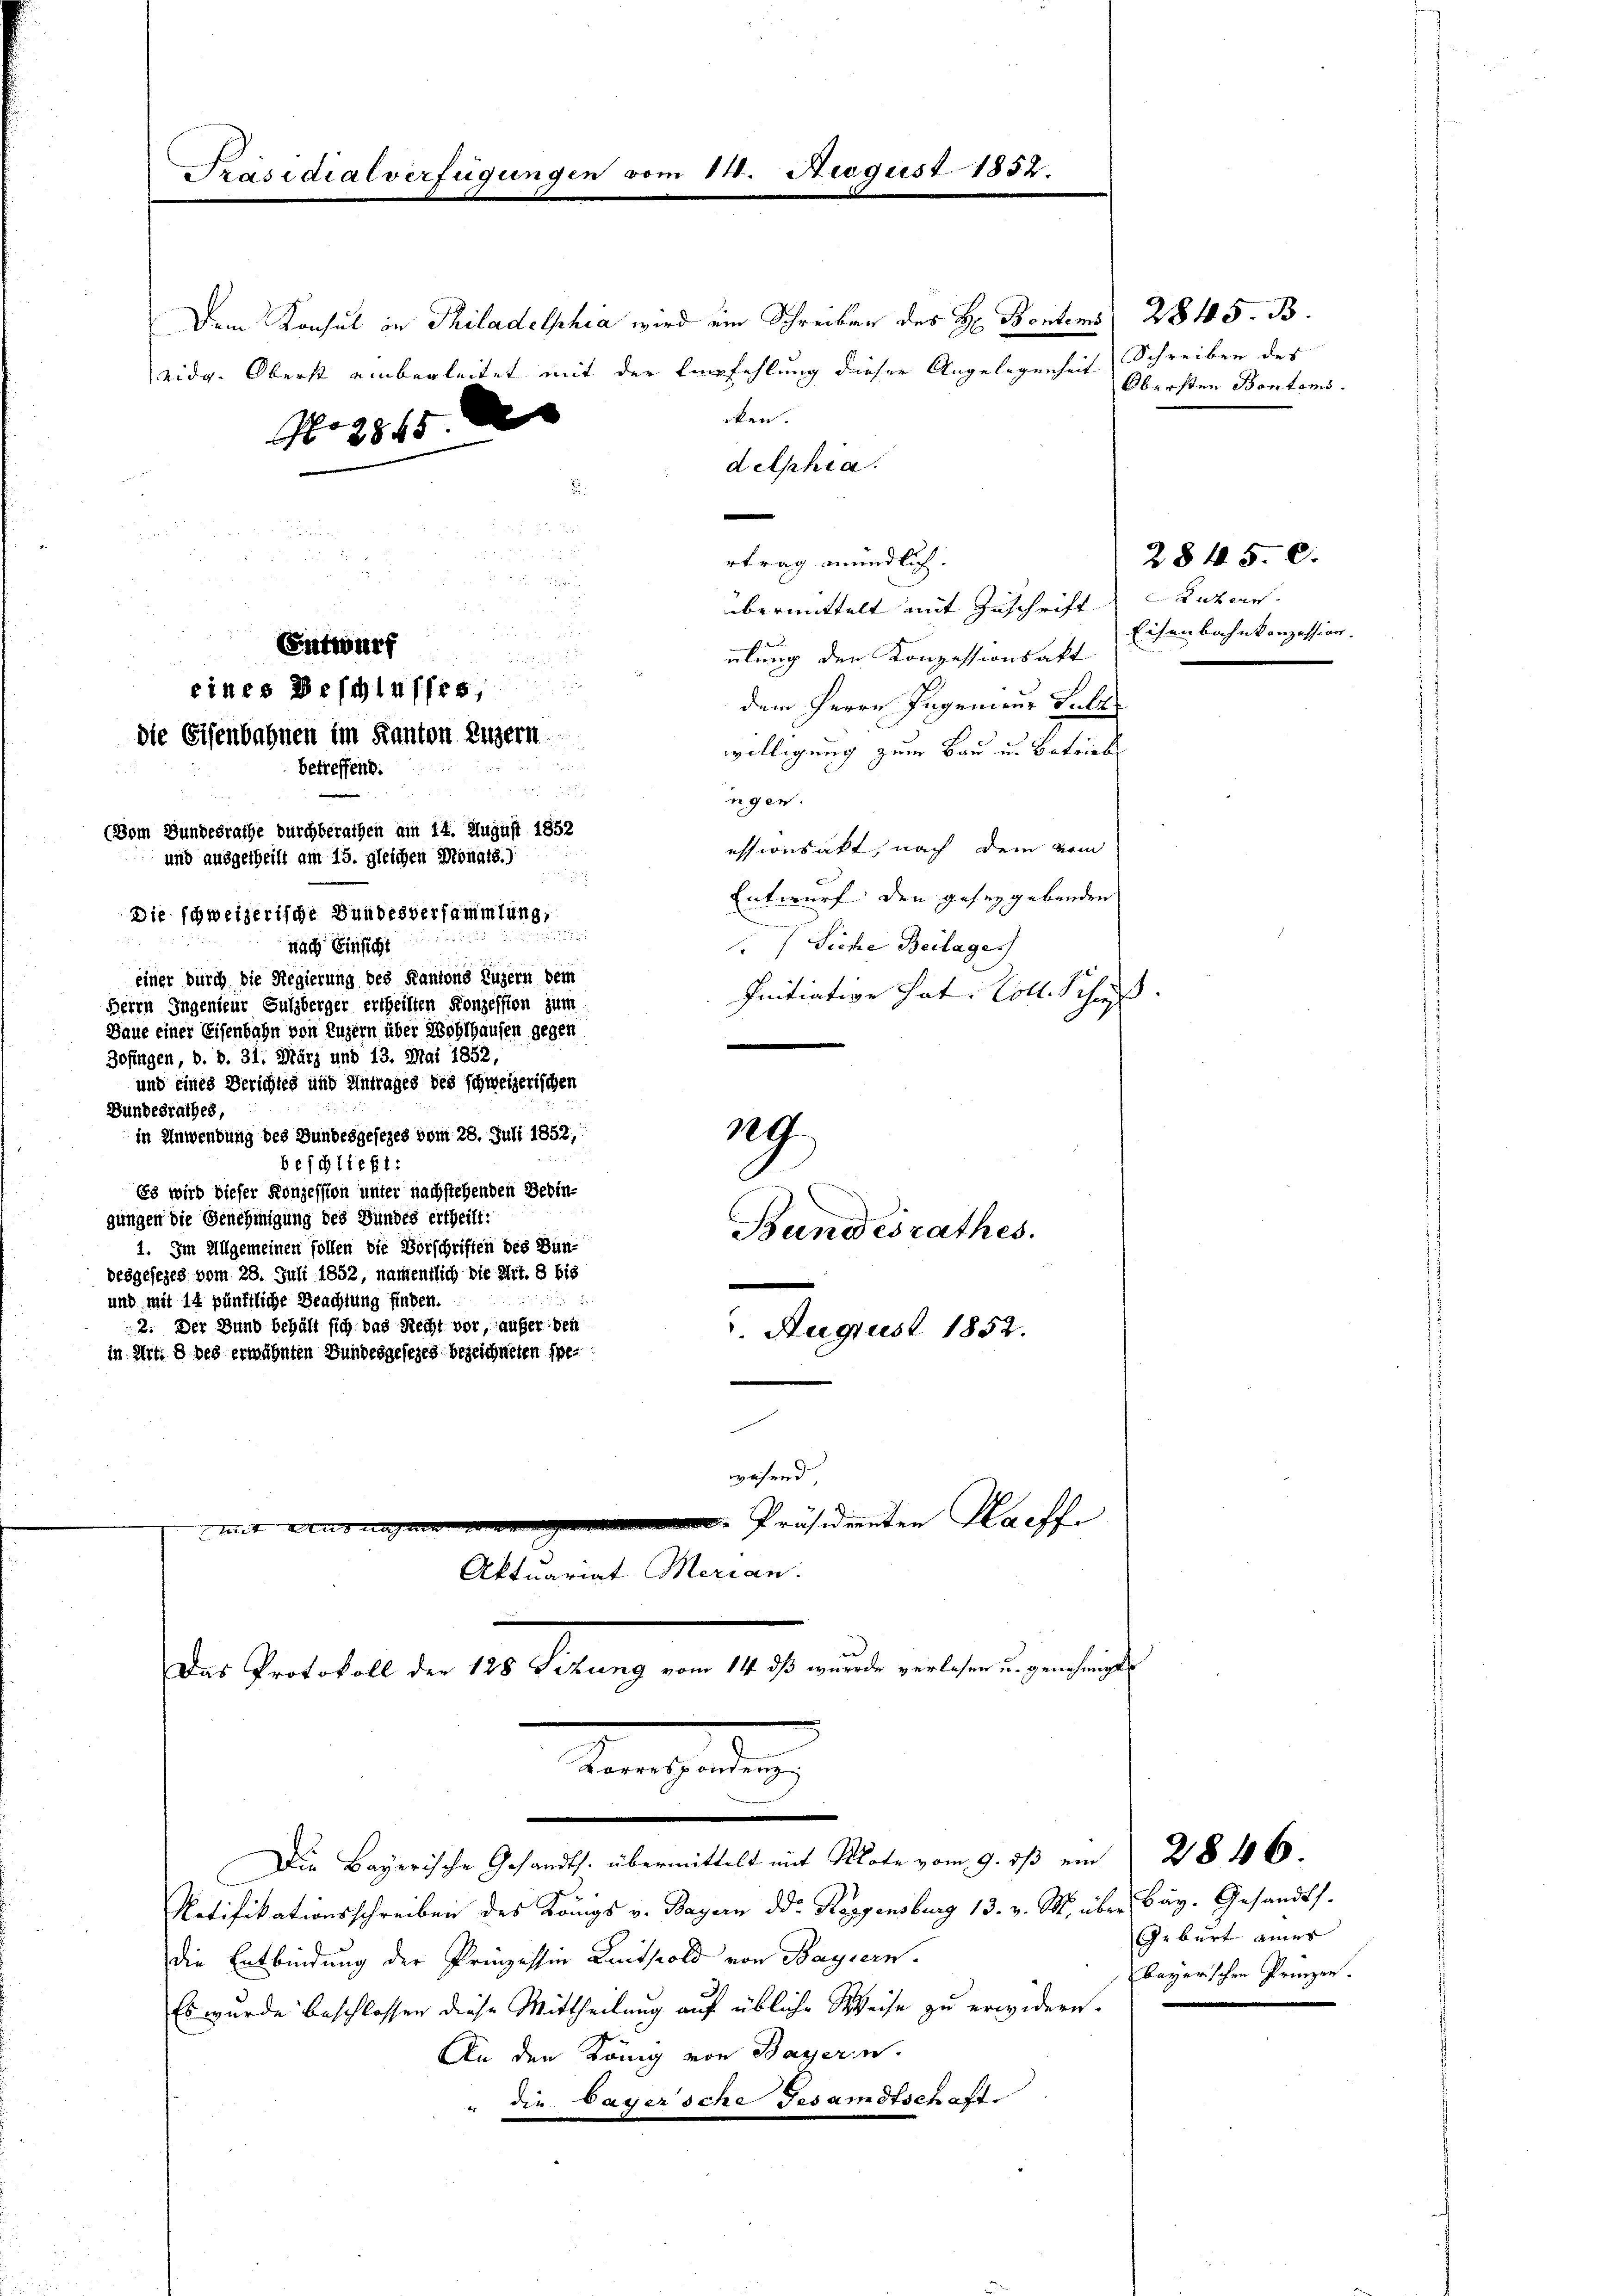
Dem Konsul in Philadelphia wird ein Schreiben des H. Bentens (2845. B.
aidg. Oberst einbegleitet mit der Empfehlung dieser Angelegenheit
ken.
delphia

rtrag mündlich.
übermittelt mit Zuschrift Luzern.
übung der Konzessionsakt
dem Herrn Ingenieur Fall
willigung zum Bau u. Betrieb
ngen.
essionsakt, nach dem vom
Entwurf den gesezgebenden
Die schweizerische Bundesversammlung,

n

Siche Beilage)
nach Einsicht
einer durch die Regierung des Kantons Luzern dem
Initiative hat: Coll. Schieß
Herrn Ingenieur Sulzberger ertheilten Konzession zum
Dane einer Eisenbahn von Luzern über Wohlhausen gegen
Zofingen, d. d. 31. März und 13. Mai 1852,
und eines Berichtes und Antrages des schweizerischen
Bundesrathes,
129
in Anwendung des Bundesgesezes vom 28. Juli 1852,
beschließt:
Es wird dieser Konzession unter nachstehenden Bedingungen die Genehmigung des Bundes ertheilt:
Bandesrathes.
1. Im Allgemeinen sollen die Vorschriften des Bun-
desgesezes vom 28. Juli 1852, namentlich die Art. 8 bis
und mit 14 pünktliche Beachtung finden.
2. Der Bund behält sich das Recht vor, aufer den
. August 1852.
in Art. 8 beg erwähnten Bundesgesezes bezeichneten spe-

Präsidialverfügungen vom 11. August 1852.

No. 2845.
¬

Entwurf

eines Beschlusses,
die Eisenbahnen im Kanton Luzern
u
betreffend:

e
(Vom Bundesrathe durchberathen am 14. August 1852
und ausgetheilt am 15. gleichen Monats.)

in

wesend
mit. Präsidienten Waffe
Aktuariat Merian.
Das Protokoll der 128 Sitzung vom 14. ds wurde verlesen u. genehmigte
Korrespondenz

Ratifikationsschreiben des Königs v. Bayern ddr Reggensburg 13. v. M. über Bay. Gesandts.
die Entbindung der Prinzessin Kautspold von Bayern.
Es wurde beschlossen diese Mittheilung auf übliche Weise zu erwidern.
An den König von Bayern.
" die Bayersche Gesandtschaft.

Die Bayerische Gesandts. übermittelt mit Mate vom 9. dß ein 28 46.

Schreiben des
Obersten Bontems.

Eisenbahnkonzession.

284. 50.

Geburt eines
bayerischen Prinzen.